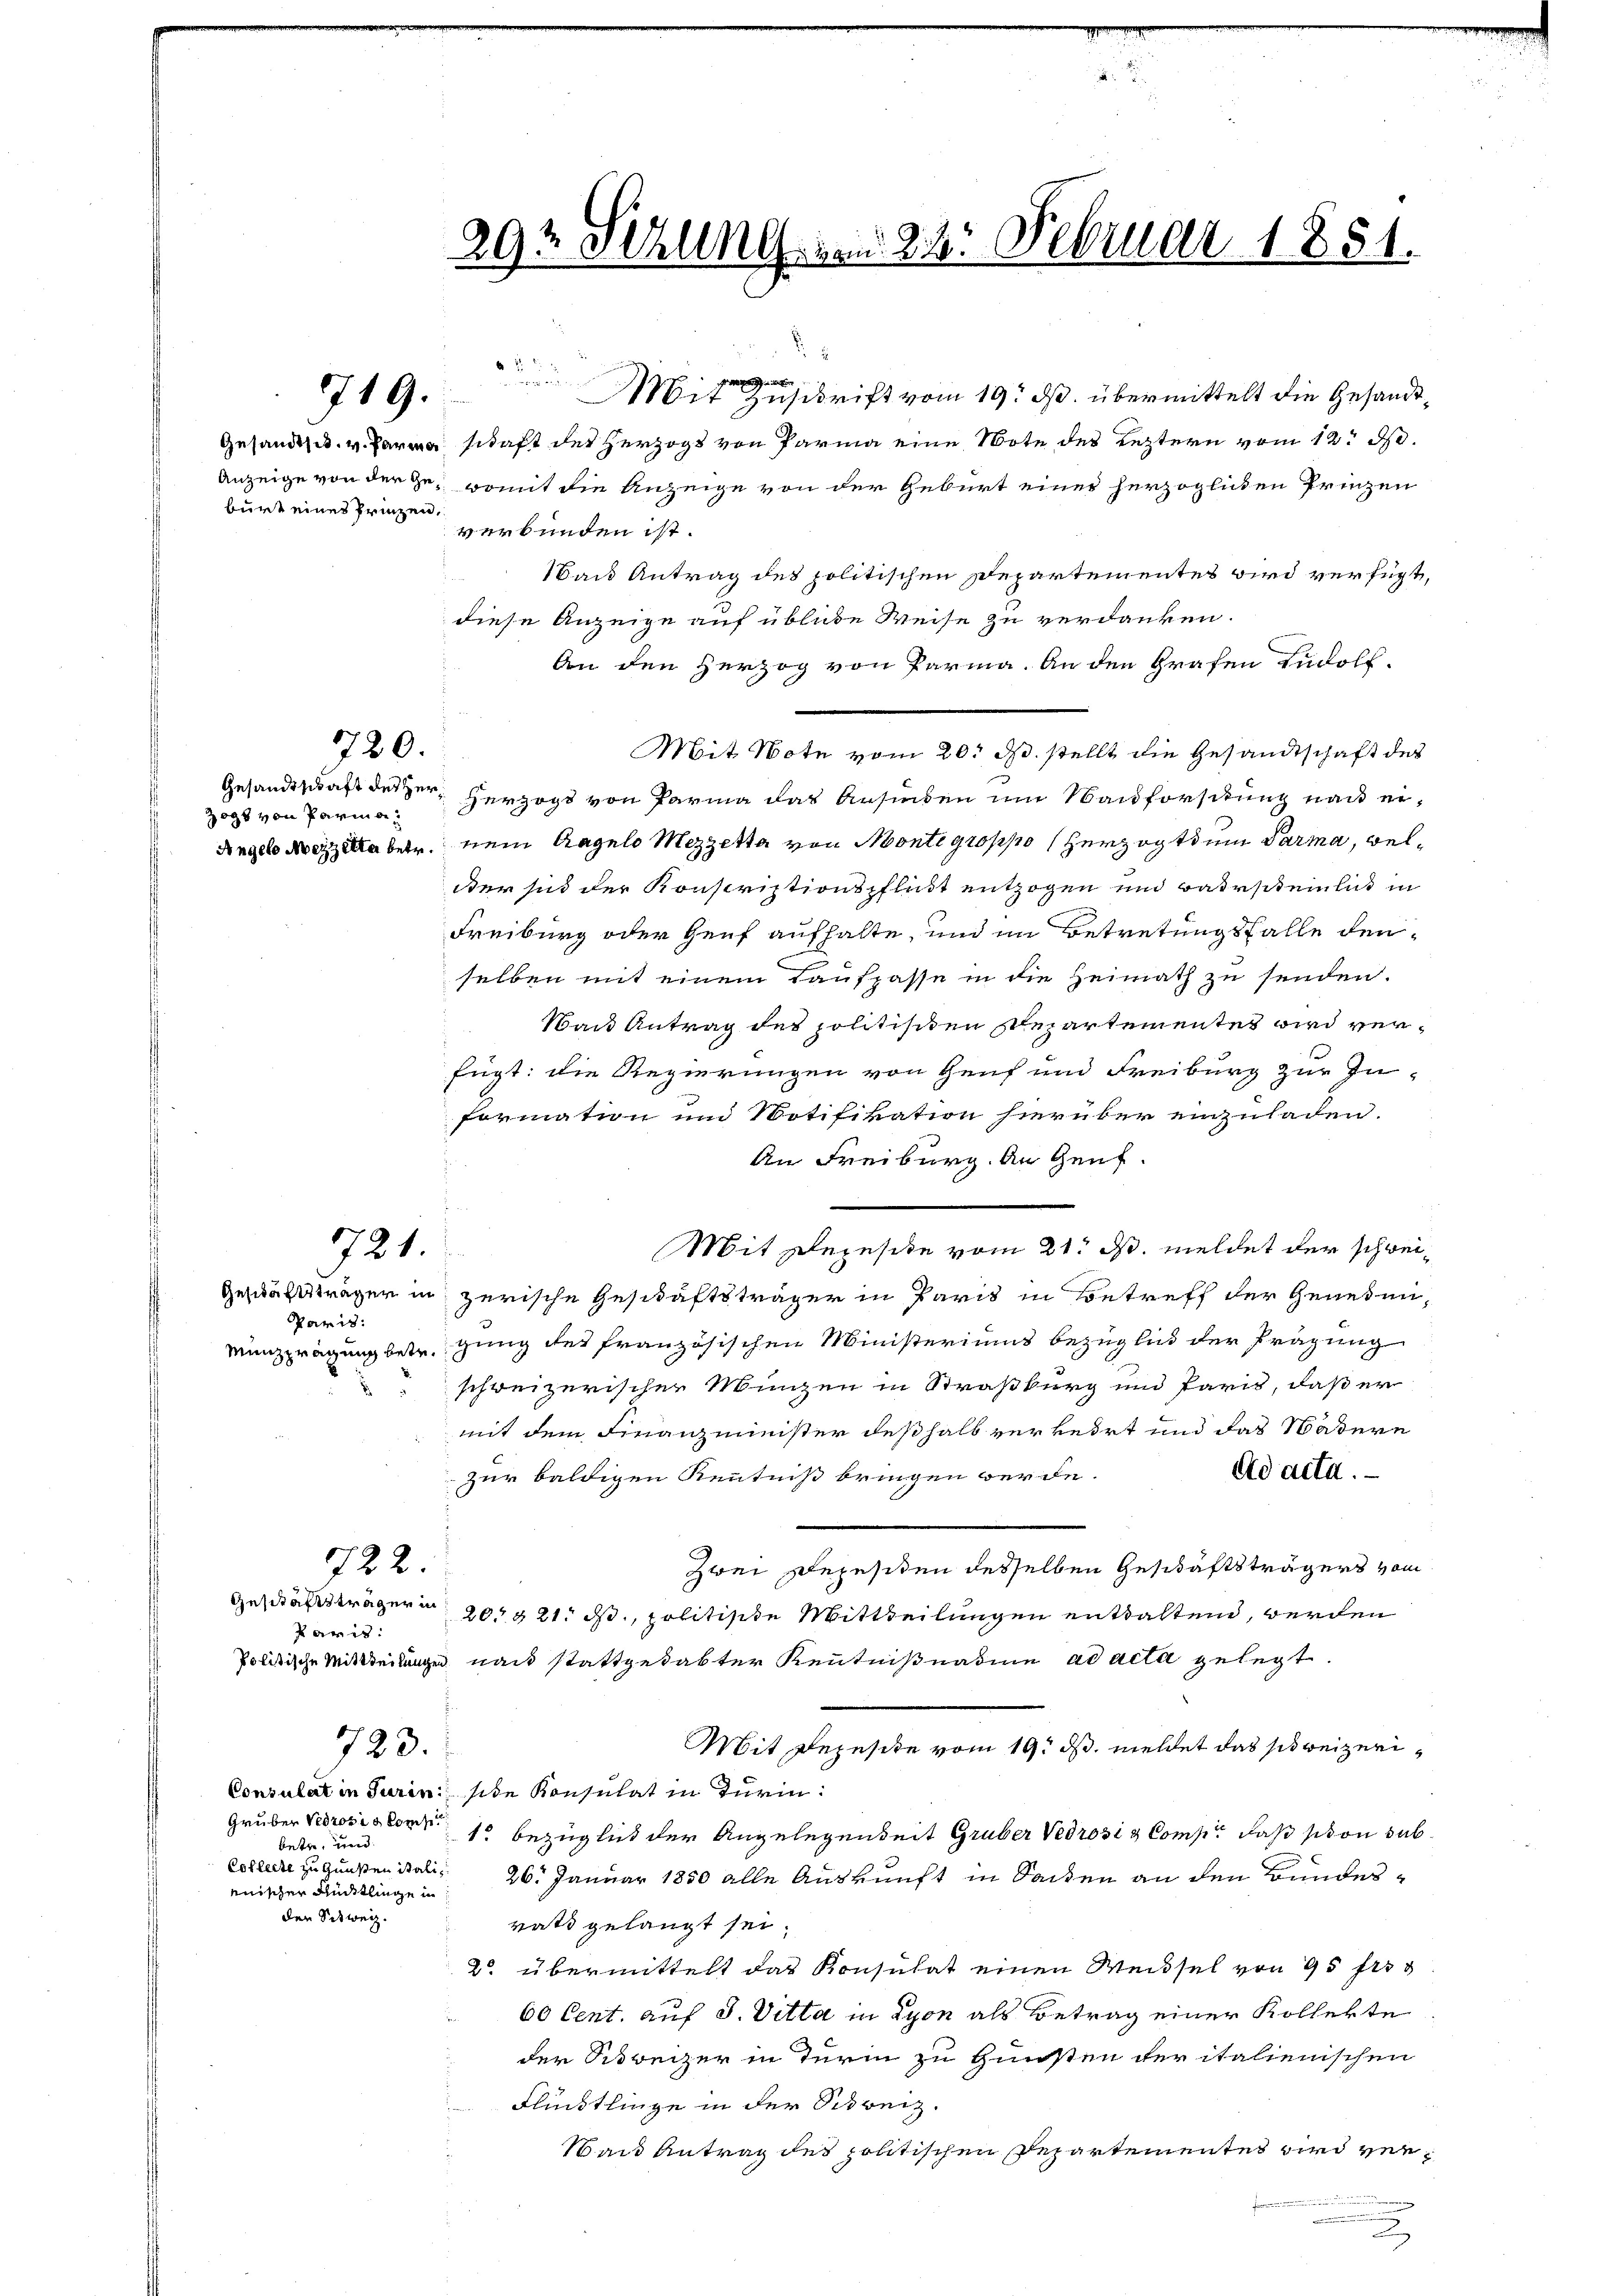
burt eines Prinzen,

719.

720.

zogs von Parme¬

7721.

Paris:
Münzprägung betr.

722.
Paris.

723.

Grüber Verrosis kompe
betr. und
enischer Rüdtlinge in
den Schweiz.

e
Mit Zuschrift vom 19. ds. übermittelt die Gesandt¬
Gesandtsch. v. Parma schaft des Herzogs von Parma eine Note des Leztern vom 12. d.
Anzeige von der zu, womit die Anzeige von der Geburt einer herzoglichen Prinzen
verbunden ist.
Nach Antrag des politischen Departementes wird verfügt,
diese Anzeige auf übliche Weise zu verdanken.
An den Herzog von Parma. An den Grafen Rudolf
Gesandtschaft des der Herzogs von Parma das Ansieden im Nachforschung nach ei¬
Angelo Merzellabet nein Angelo Mezzetta von Montegroppo (Herzogthum Parma, welder sind der Konscriptionspflicht entzogen und Barscheinlich in
Freiburg oder Genf aufhalte, und im Betretungsfalle denselben mit einem Taufpasse in die Heimath zu senden.
Wan Antrag des politischen separtementes wird verfügt: die Regierungen von Genf und Freiburg zur In-
formation und Notifikation hierüber einzuladen.
An Freiburg. An Genf.
Mit Rezesitze vom 21. M. meldet der schwei¬
Geschäftsträger in zerische Geschäftsträger in Paris in Betreff der Genehmi-
gung des französischen Ministeriums bezüglich der Prägung
schweizerischer Münzen in Straßburg und Paris, daß er
mit dem Finanzminister deßhalb verkehrt und das Nädern
Ad acta.
Zur baldigen Kenntniß bringen werde.
zwei Rezesiden desselben Geschäftsträgers vom
Geschäftsträgern 201821. ds, politische Mittheilungen enthaltend, werden
Politische Mitteilungen nach stattgehabter Kenntnißnahme ad acta gelegt.
Mit Bezusite vom 19. ds. meldet das sie beizeri¬
Consulat in Turin sie Konsulat in Turin:
1 bezüglich der Angelegenseit Gruber Vedrosi & Comp. daß schon sub¬
Estlere zu Gunsten itali 26. Januar 1850 alle Auskunft in Seiden an den Bundesratt gelangt sei.
2 übermittelt das Konsulat einen Weibsel von 95 frs
60 Cent. auf S. Vitta in Lyon als Betrag einer Kollekte
der Schweizer in Terin zu Gunsten der italienischen
Flüchtlinge in der Schweiz.
Wand Antrag des politischen Repartementes wird ver¬
u

292 Sizung vom 22. Februar 1851.

.
  in den

Mit Note vom 20. ds. stellt die Gesandtschaft des